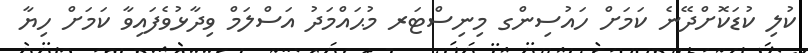
ކުލި ކުޑަކޮށްދޭނެ ކަމަށް ހައުސިންގ މިނިސްޓަރ މުޙައްމަދު އަސްލަމް ވިދާޅުވެފައިވާ ކަމަށް ހިޔާ